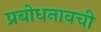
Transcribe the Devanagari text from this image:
प्रबोधनावची